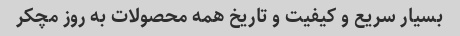
بسیار سریع و کیفیت و تاریخ همه محصولات به روز مچکر